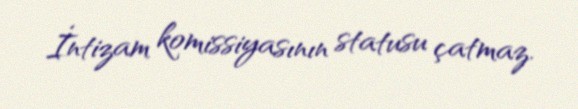
İntizam komissiyasının statusu çatmaz.